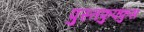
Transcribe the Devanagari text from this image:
पुस्तफुफ्फुस